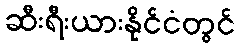
ဆီးရီးယားနိုင်ငံတွင်